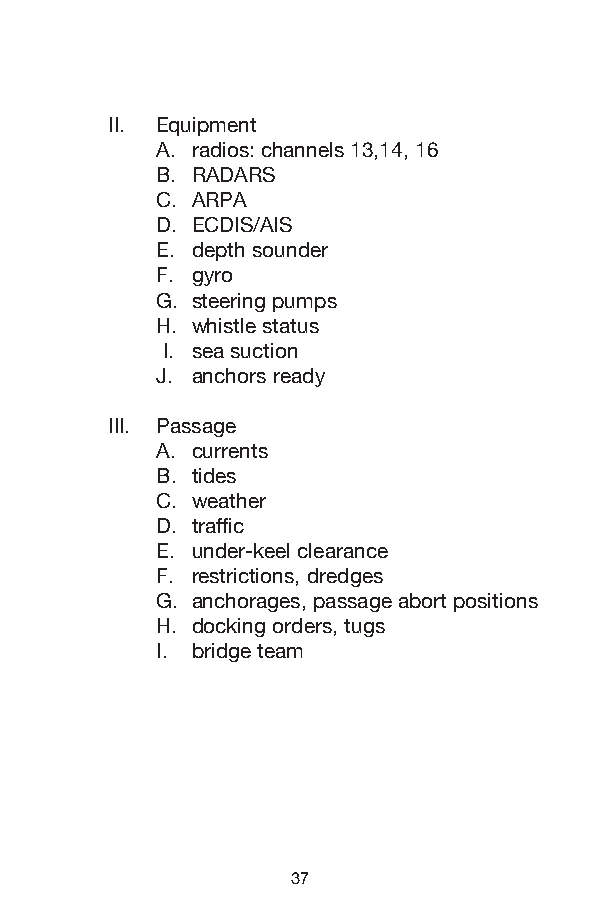
II. Equipment
 A. radios: channels 13,14, 16
 B. RADARS
 C. ARPA
 D. ECDIS/AIS
 E. depth sounder
 F. gyro
 G. steering pumps
 H. whistle status
 I. sea suction
 J. anchors ready
 III. Passage
 A. currents
 B. tides
 C. weather
 D. traffic
 E. under-keel clearance
 F. restrictions, dredges
 G. anchorages, passage abort positions
 H. docking orders, tugs
 I. bridge team
 37